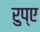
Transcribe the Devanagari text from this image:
रुप्ए